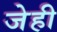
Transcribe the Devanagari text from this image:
जेही